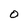
Character: O